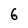
Character: 6